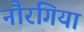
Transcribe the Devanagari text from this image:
नौरंगिया